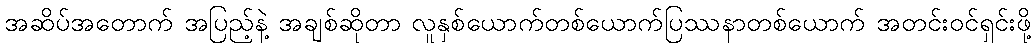
အဆိပ်အတောက် အပြည့်နဲ့ အချစ်ဆိုတာ လူနှစ်ယောက်တစ်ယောက်ပြဿနာတစ်ယောက် အတင်းဝင်ရှင်းဖို့